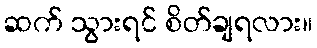
ဆက် သွားရင် စိတ်ချရလား။